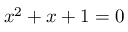
x ^ { 2 } + x + 1 = 0